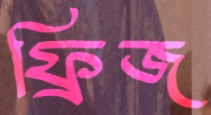
ফ্রিজ